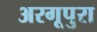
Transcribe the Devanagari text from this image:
अरगूपुरा